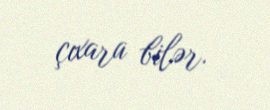
çıxara bilər.